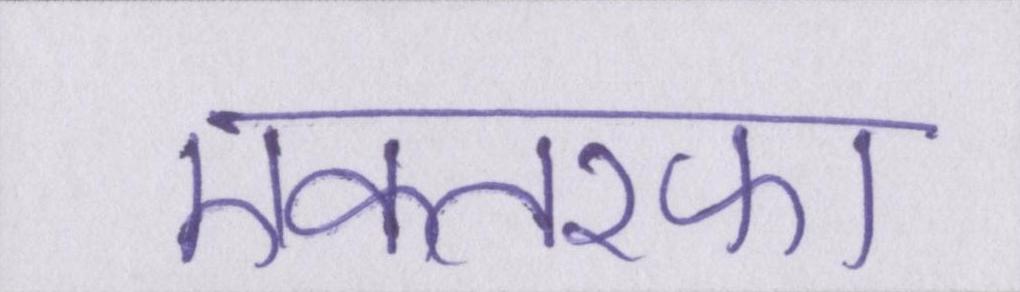
एकतरफा